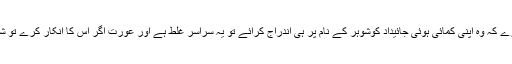
زوجہ کی کمائی پر شوہر کا کوئی حق نہیں ہے اور اگر شوہر زوجہ کو مجبورکرے کہ وہ اپنی کمائی ہوئی جائیداد کوشوہر کے نام پر ہی اندراج کرائے تو یہ سراسر غلط ہے اور عورت اگر اس کا انکار کرے تو شوہرجبر نہیںکرسکتااور عورت کا انکاربھی نہ غیر شرعی ہے نہ غیراخلاقی ہے۔